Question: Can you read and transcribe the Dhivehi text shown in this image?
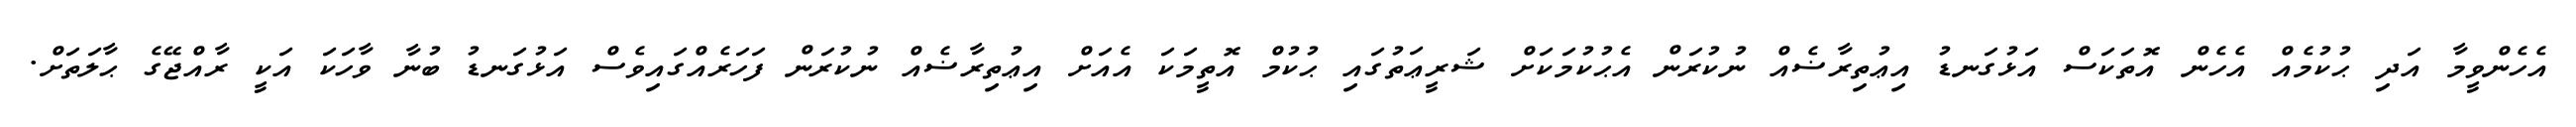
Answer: އެހެންވީމާ އަދި ޙުކުމެއް އެހެން އޮތަކަސް އަޅުގަނޑު އިޢުތިރާޟެއް ނުކުރަން އެޙުކުމަކަށް ޝަރީޢަތުގައި ޙުކުމް އޮތީމަކަ އެއަށް އިޢުތިރާޟެއް ނުކުރަން ފަހަރެއްގައިވެސް އަޅުގަނޑު ބުނާ ވާހަކަ އަކީ ރާއްޖޭގެ ޙާލަތަށް.